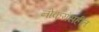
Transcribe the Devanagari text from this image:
नोकरांसहीत